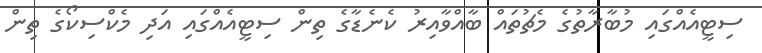
ސިޓީއެއްގައި މުބާރާތުގެ މެޗުތައް ބާއްވާއިރު ކެނެޑާގެ ތިން ސިޓީއެއްގައި އަދި މެކްސިކޯގެ ތިން